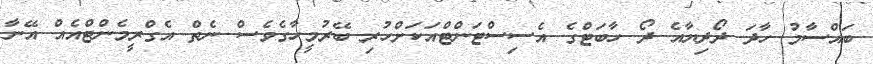
ބައްސާމު ހާދަ ދޯދިޔާއެ ދޯ ހާބަޓްގެ އެސިސްޓަންޓްއަކަށްހުރި ބޭރުމީހާގެވެސް ނެތް އެގްރީމެންޓްއެއް އޭނާ